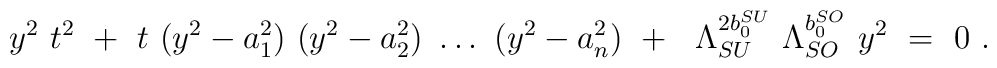
y^2~t^2 ~+~ t ~( y^2 -a_1^2)~(y^2 -a_2^2)~\ldots~ (y^2 - a_n^2) ~+~ ~\Lambda_{SU}^{2 b_0^{SU}} ~ \Lambda_{SO}^{b_0^{SO}}~y^2 ~= ~ 0~.